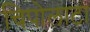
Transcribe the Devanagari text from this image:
चिपोलाटा